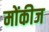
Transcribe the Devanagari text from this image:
मोंकीज